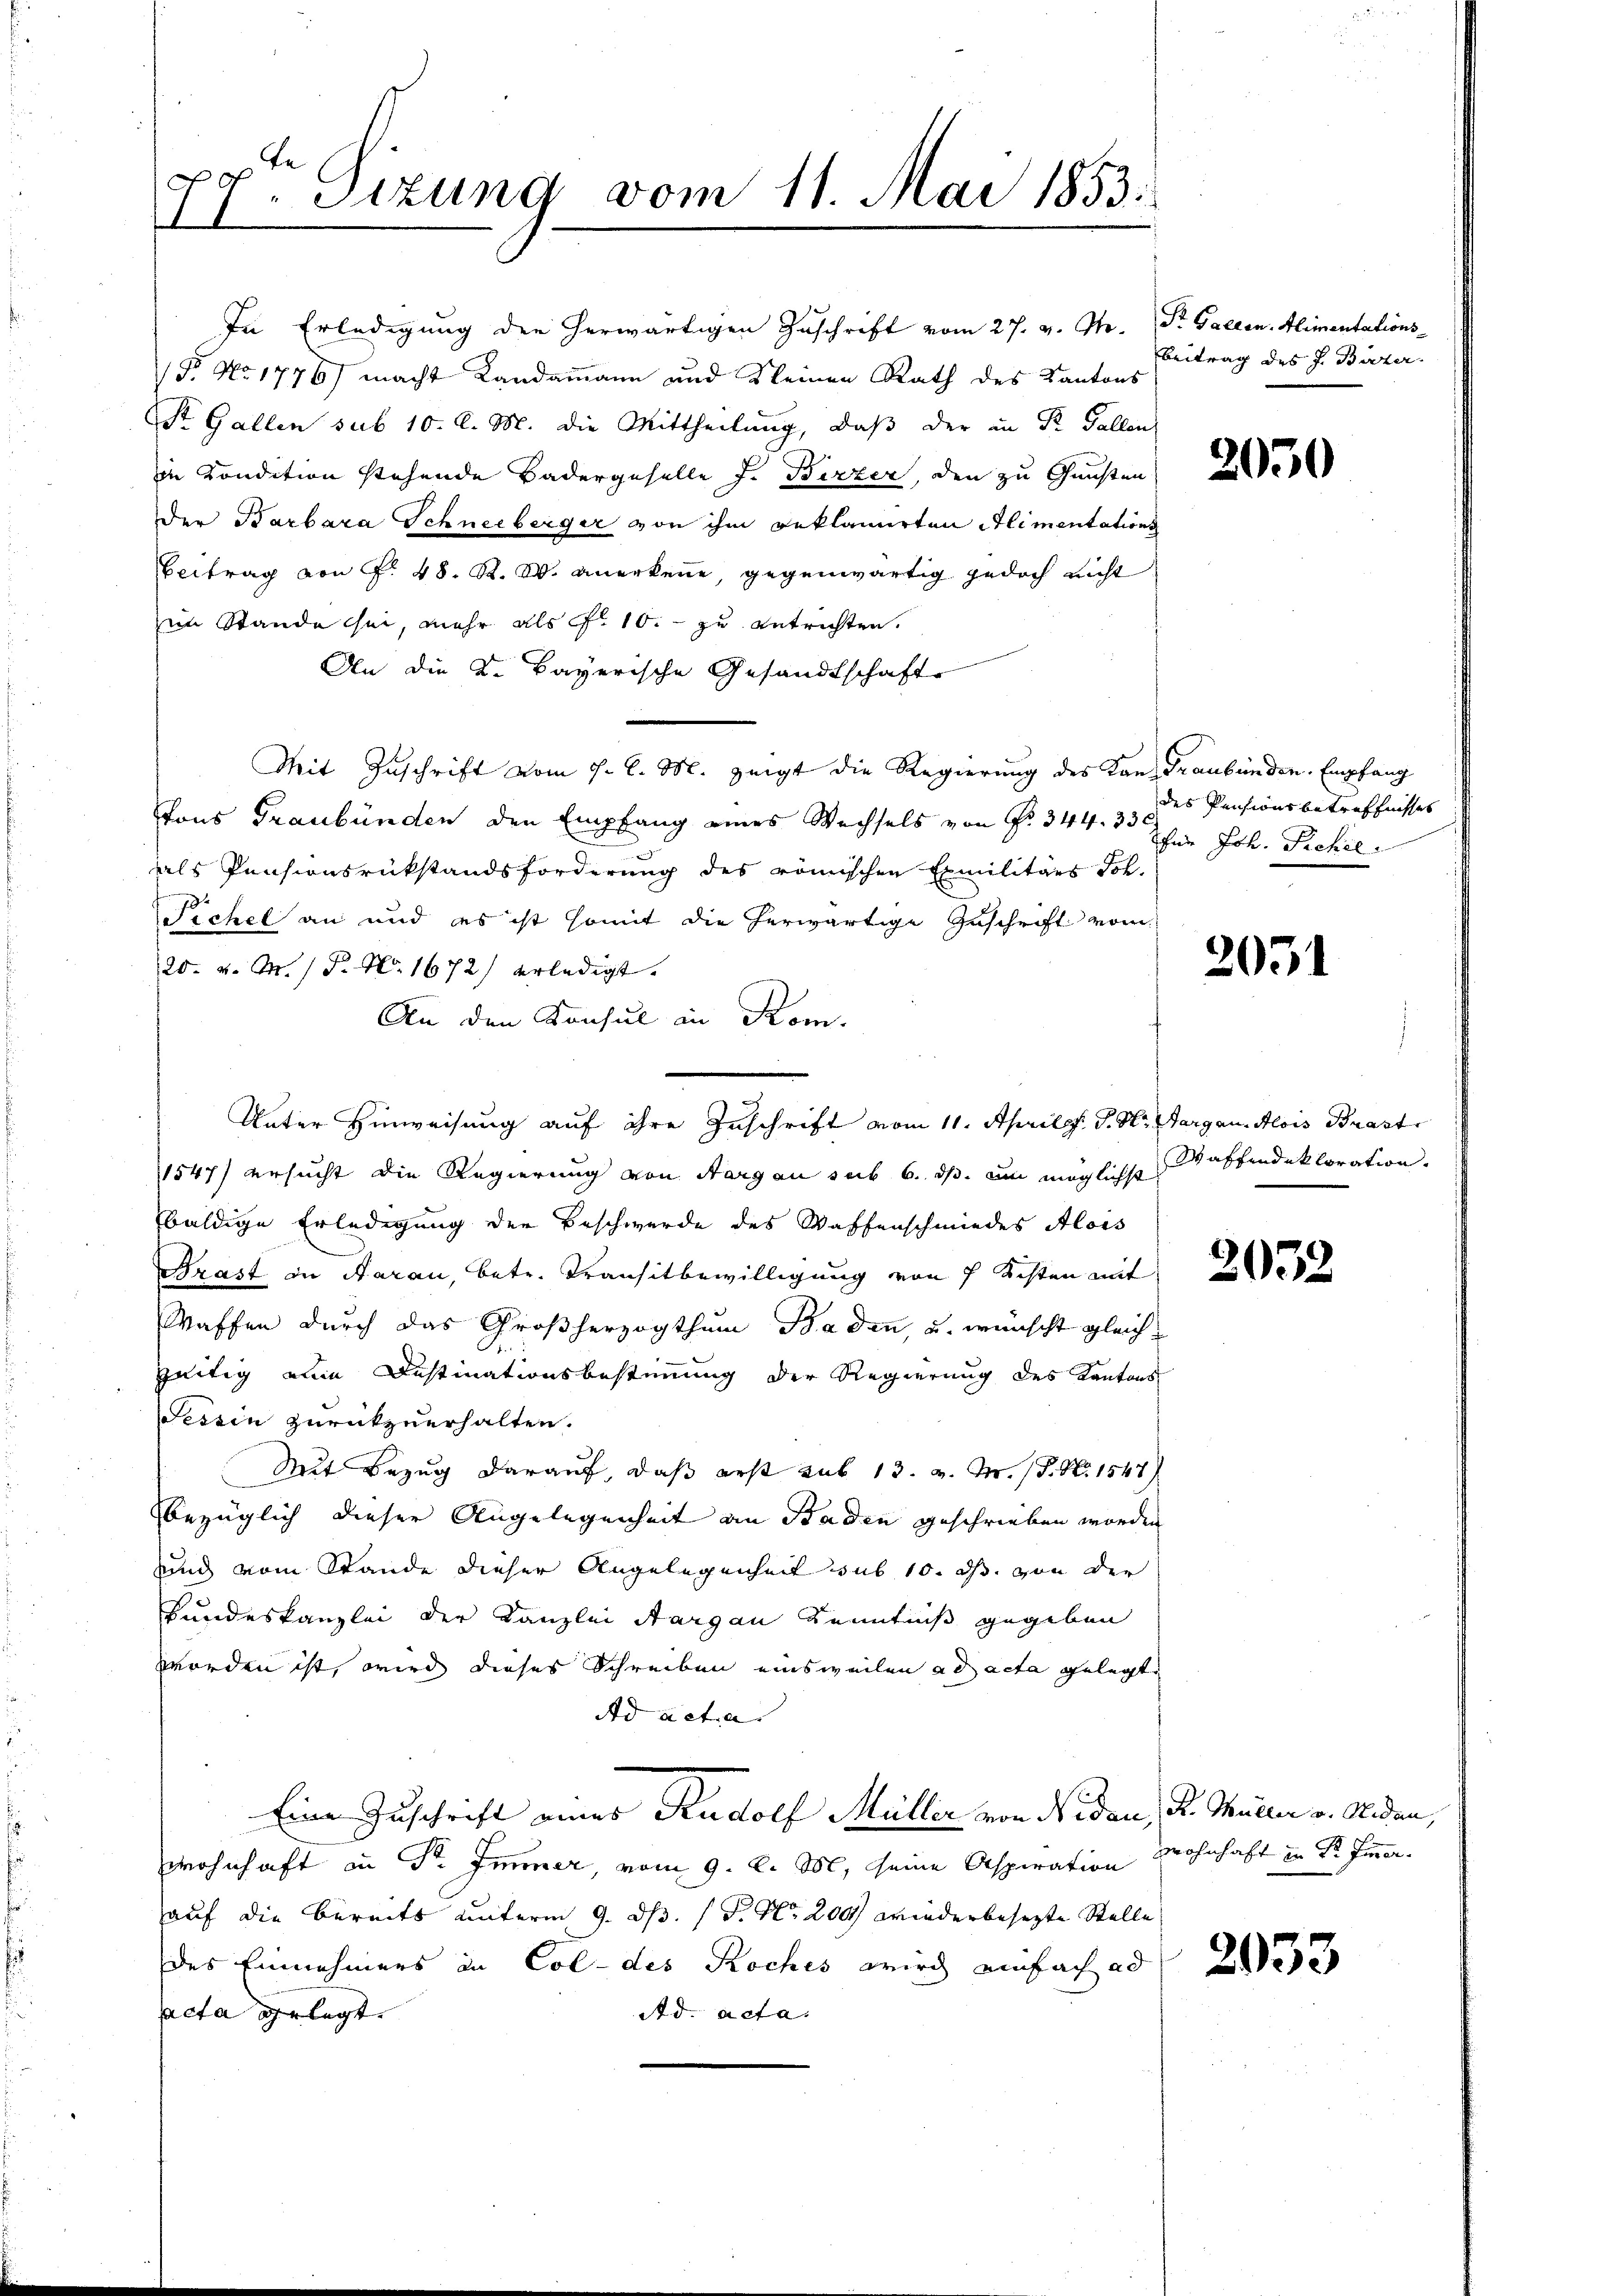
In Erledigung der herwärtigen Zuschrift vom 27. v. M. Dr. Gallen. Alimentations-
Fo No 1776) macht Landammann und Kleinen Rath des Kantons
St. Gallen sub 10. d. M. die Mittheilung, daß der in R. Gallen
in Condition stehende Badergeselle F. Birzer, den zu Gunsten
Der Barbara Schneeberger von ihm beklamirten Alimentations
Beitrag von Fr. 48. R. W. anerkenne, gegenwärtig jedoch nicht
im Stande sei, mehr als Fr. 10. zu entrichten.
An die K. Bayerische Gesandtschaft
Mit Zuschrift vom 9. l. M. zeigt die Regierung des Kanz Graubünden. Empfang
tons Graubünden den Empfang eines Wechsels von Fr. 344. 330.
als Pensionsrückstandsforderung des römischen Emilitärs Joh.
Fichel an und es ist somit die herwärtige Zuschrift vom
20. v. M. P. Nr. 1672 erledigt.
An den Konsul in Kom
1547) ersucht die Regierung von Aargau sub 6. ds. um möglichst Waffendektoration.
baldige Erledigung der Beschwerde des Waffenschmiedes Alois
Brast in Aarau, betr. Transitbewilligung von 7 Kisten mit
Waffen durch das Großherzogthum Baden, u. wünscht gleichzeitig eine Instinationsbestimmung der Regierung des Kantons
Tessin zurückzuerhalten.
Mit Bezug darauf, daß erst sub 13. v. M. P. Nr. 1547)
bezüglich dieser Angelegenheit an Baden geschrieben worden
und vom Stande dieser Angelegenheit sub 10. ds. von der
Bundeskanzlei der Kanzlei Aargau Kenntniß gegeben
worden ist, wird dieses Schreiben einsweilen ad acta gelegt
Ad acta
Eine Zuschrift eines Rudolf Müller von Nidau, R. Müller v. Nidau,
wohnhaft in Dr. Immer, vom 9. d. M. seine Aspiration wohnhaft in Sr. Immerauf die bereits unterm 9. d. 1 S. Nr. 200 wiederbesezte Stelle
des Einnehmers in Col- des Roches wird einfach ad
acta gelegt.
Ad. Acta.

77. Sizung vom 11. Mai 1853.

Unter Hinweisung auf ihre Zuschrift vom 11. Aprillf. J. M. Aargau. Alois Brast

Beitrag des J. Bürzer.

des Pensionsbetreffnisses
für Joh. Sichel

2031

2933